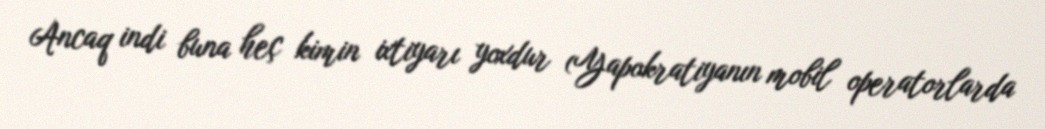
Ancaq indi buna heç kimin ixtiyarı yoxdur (Yapokratiyanın mobil operatorlarda